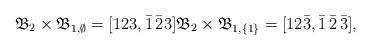
LaTeX: \begin{align*} \mathfrak{B}_2\times \mathfrak{B}_{1,\emptyset}=[123,\bar1\,\bar23] \mathfrak{B}_2\times \mathfrak{B}_{1,\{1\}}=[12\bar{3},\bar1\,\bar2\,\bar3],\end{align*}